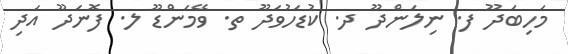
މަހިބަދޫ ފ. ނިލަންދޫ ދ. ކުޑަހުވަދޫ ތ. ވޭމަންޑޫ ލ. ފޮނަދޫ އަދި